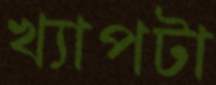
খ্যাপটা